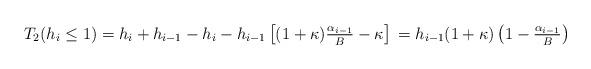
LaTeX: \begin{align*} \begin{aligned} T_2(h_i {}\leq{} 1) {}={} h_i+h_{i-1} -{h_i} -{h_{i-1}} \left[ (1+\kappa)\tfrac{\alpha_{i-1}}{B}-\kappa \right] {}={} h_{i-1} (1+\kappa) \left(1-\tfrac{\alpha_{i-1}}{B}\right) \end{aligned} \end{align*}